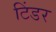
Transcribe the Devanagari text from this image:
टिंडर